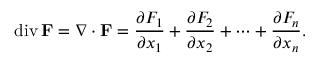
\operatorname { d i v } \mathbf { F } = \nabla \cdot \mathbf { F } = { \frac { \partial F _ { 1 } } { \partial x _ { 1 } } } + { \frac { \partial F _ { 2 } } { \partial x _ { 2 } } } + \cdots + { \frac { \partial F _ { n } } { \partial x _ { n } } } .